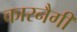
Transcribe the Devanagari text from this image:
कारनैगी